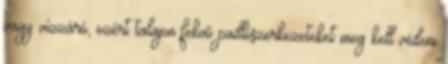
vagy vízzáró, ezért talajon fekvő padlószerkezeteket meg kell védeni